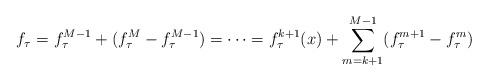
\begin{align*} f_{\tau}=f^{M-1}_{\tau}+(f_{\tau}^M-f^{M-1}_{\tau})=\cdots=f^{k+1}_{\tau}(x)+\sum_{m=k+1}^{M-1}(f^{m+1}_{\tau}-f^{m}_{\tau})\end{align*}